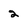
Character: 2